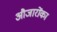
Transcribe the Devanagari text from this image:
औजारोंका